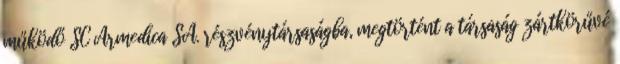
működő SC Armedica SA. részvénytársaságba, megtörtént a társaság zártkörűvé